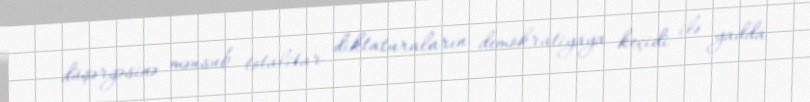
düşərgəsinə mənsub totalitar diktaturaların demokratiyaya keçidi ilə yadda